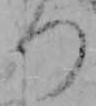
つ